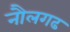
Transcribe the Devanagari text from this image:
नौलगढ